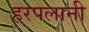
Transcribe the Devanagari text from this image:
हरपलानी